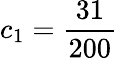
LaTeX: c_{1}={\frac{31}{200}}